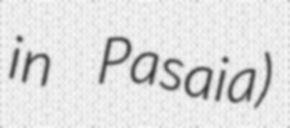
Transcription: in Pasaia)